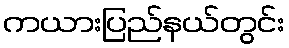
ကယားပြည်နယ်တွင်း